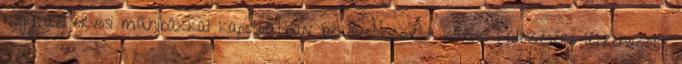
hogy az orvosi műhibákkal kapcsolatban bekövetkezett károk fedezésére létrehozott